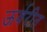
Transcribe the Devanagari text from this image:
ऊर्वरीत